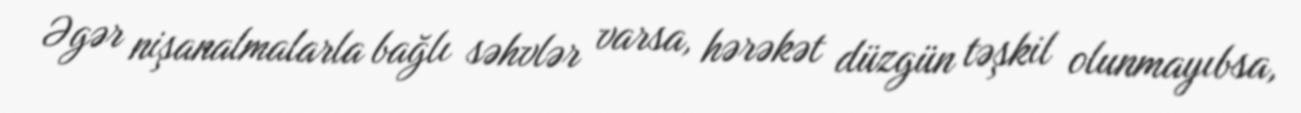
Əgər nişanalmalarla bağlı səhvlər varsa, hərəkət düzgün təşkil olunmayıbsa,